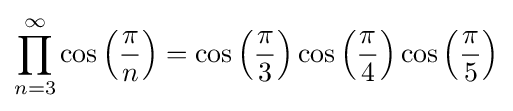
\prod _{n=3}^{\infty }\cos \left({\frac {\pi }{n}}\right)=\cos \left({\frac {\pi }{3}}\right)\cos \left({\frac {\pi }{4}}\right)\cos \left({\frac {\pi }{5}}\right)